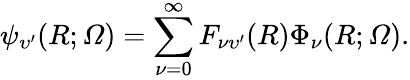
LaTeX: \psi_{\upsilon^{\prime}}(R;\varOmega)=\sum_{\nu=0}^{\infty}F_{\nu\upsilon^{\prime}}(R)\Phi_{\nu}(R;\varOmega).